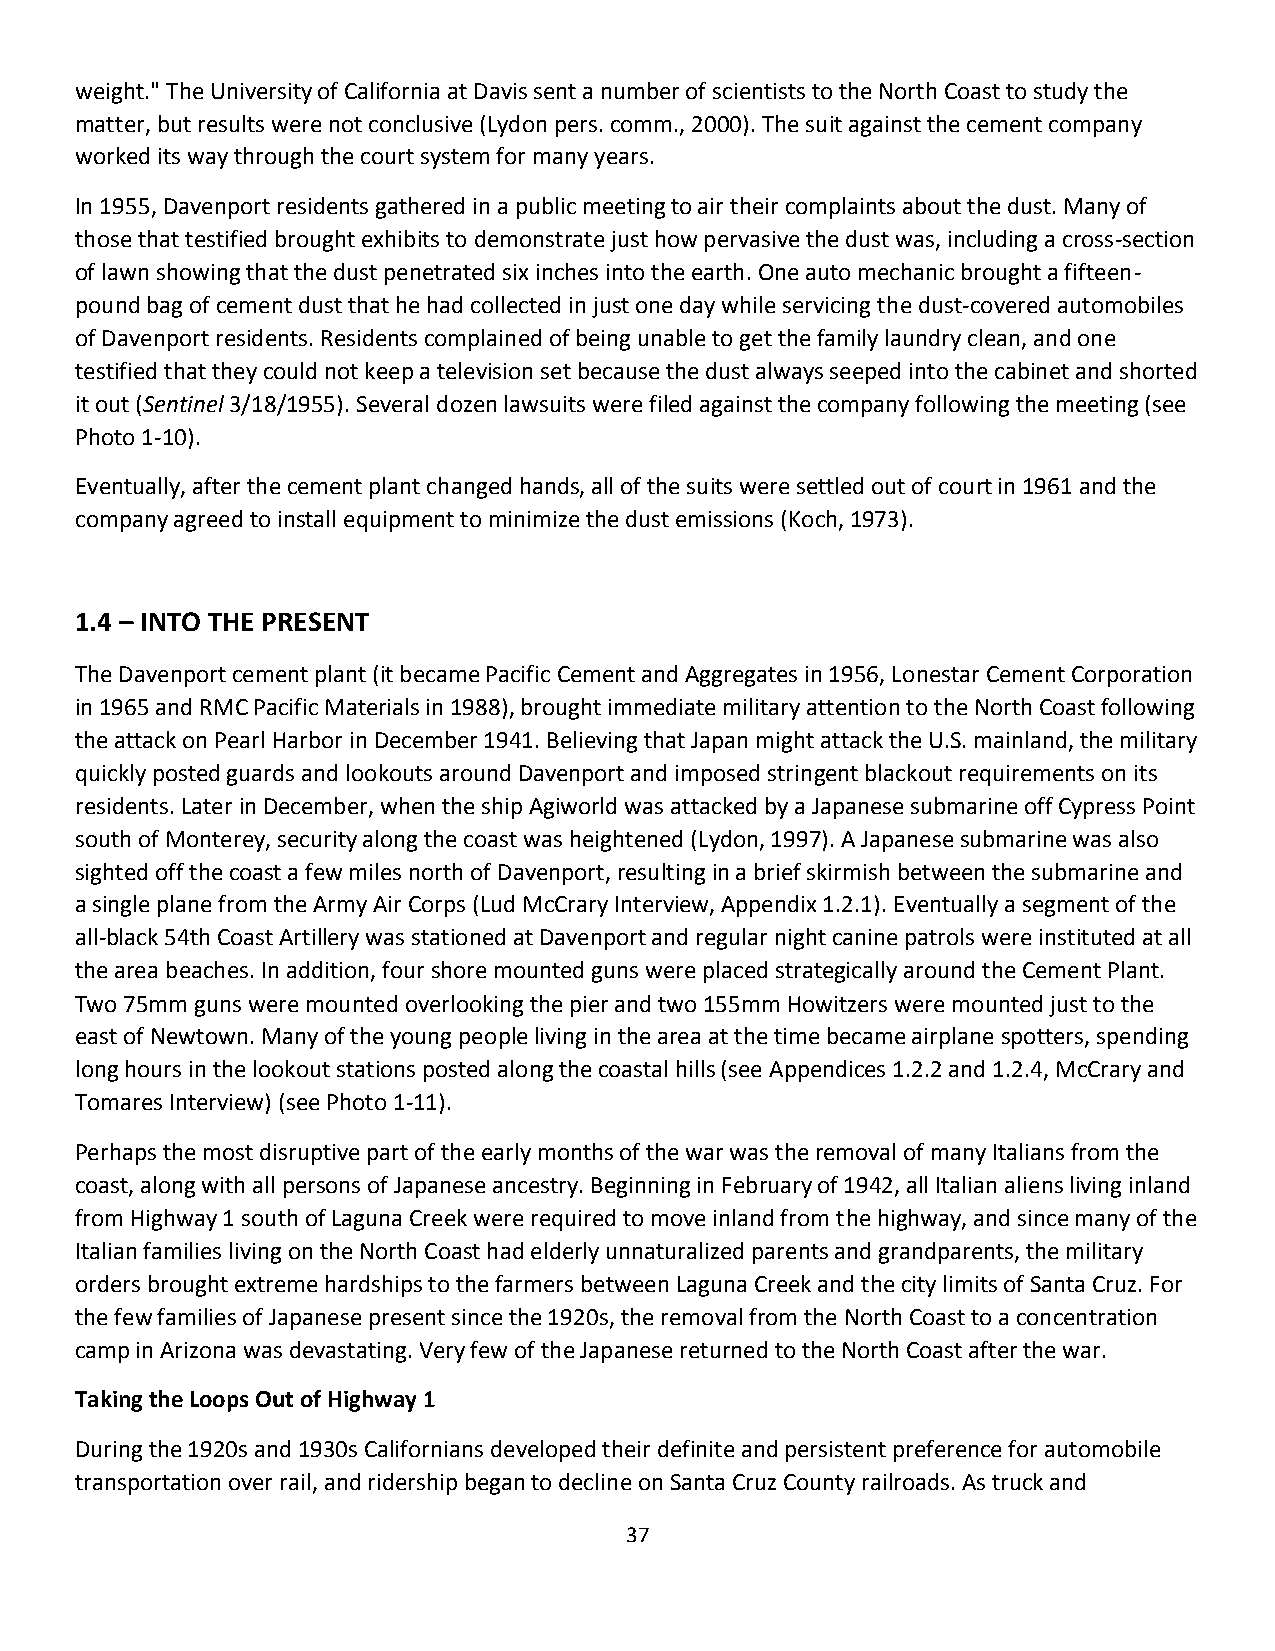
weight." The University of California at Davis sent a number of scientists to the North Coast to study the
 matter, but results were not conclusive (Lydon pers. comm., 2000). The suit against the cement company
 worked its way through the court system for many years.
 In 1955, Davenport residents gathered in a public meeting to air their complaints about the dust. Many of
 those that testified brought exhibits to demonstrate just how pervasive the dust was, including a cross-section
 of lawn showing that the dust penetrated six inches into the earth. One auto mechanic brought a fifteen-
 pound bag of cement dust that he had collected in just one day while servicing the dust-covered automobiles
 of Davenport residents. Residents complained of being unable to get the family laundry clean, and one
 testified that they could not keep a television set because the dust always seeped into the cabinet and shorted
 it out (Sentinel 3/18/1955). Several dozen lawsuits were filed against the company following the meeting (see
 Photo 1-10).
 Eventually, after the cement plant changed hands, all of the suits were settled out of court in 1961 and the
 company agreed to install equipment to minimize the dust emissions (Koch, 1973).
 1.4 – INTO THE PRESENT
 The Davenport cement plant (it became Pacific Cement and Aggregates in 1956, Lonestar Cement Corporation
 in 1965 and RMC Pacific Materials in 1988), brought immediate military attention to the North Coast following
 the attack on Pearl Harbor in December 1941. Believing that Japan might attack the U.S. mainland, the military
 quickly posted guards and lookouts around Davenport and imposed stringent blackout requirements on its
 residents. Later in December, when the ship Agiworld was attacked by a Japanese submarine off Cypress Point
 south of Monterey, security along the coast was heightened (Lydon, 1997). A Japanese submarine was also
 sighted off the coast a few miles north of Davenport, resulting in a brief skirmish between the submarine and
 a single plane from the Army Air Corps (Lud McCrary Interview, Appendix 1.2.1). Eventually a segment of the
 all-black 54th Coast Artillery was stationed at Davenport and regular night canine patrols were instituted at all
 the area beaches. In addition, four shore mounted guns were placed strategically around the Cement Plant.
 Two 75mm guns were mounted overlooking the pier and two 155mm Howitzers were mounted just to the
 east of Newtown. Many of the young people living in the area at the time became airplane spotters, spending
 long hours in the lookout stations posted along the coastal hills (see Appendices 1.2.2 and 1.2.4, McCrary and
 Tomares Interview) (see Photo 1-11).
 Perhaps the most disruptive part of the early months of the war was the removal of many Italians from the
 coast, along with all persons of Japanese ancestry. Beginning in February of 1942, all Italian aliens living inland
 from Highway 1 south of Laguna Creek were required to move inland from the highway, and since many of the
 Italian families living on the North Coast had elderly unnaturalized parents and grandparents, the military
 orders brought extreme hardships to the farmers between Laguna Creek and the city limits of Santa Cruz. For
 the few families of Japanese present since the 1920s, the removal from the North Coast to a concentration
 camp in Arizona was devastating. Very few of the Japanese returned to the North Coast after the war.
 Taking the Loops Out of Highway 1
 During the 1920s and 1930s Californians developed their definite and persistent preference for automobile
 transportation over rail, and ridership began to decline on Santa Cruz County railroads. As truck and
 37